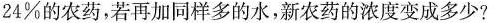
24%的农药，若再加同样多的水，新农药的浓度变成多少?